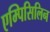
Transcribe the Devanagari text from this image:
एम्पिसिलिन